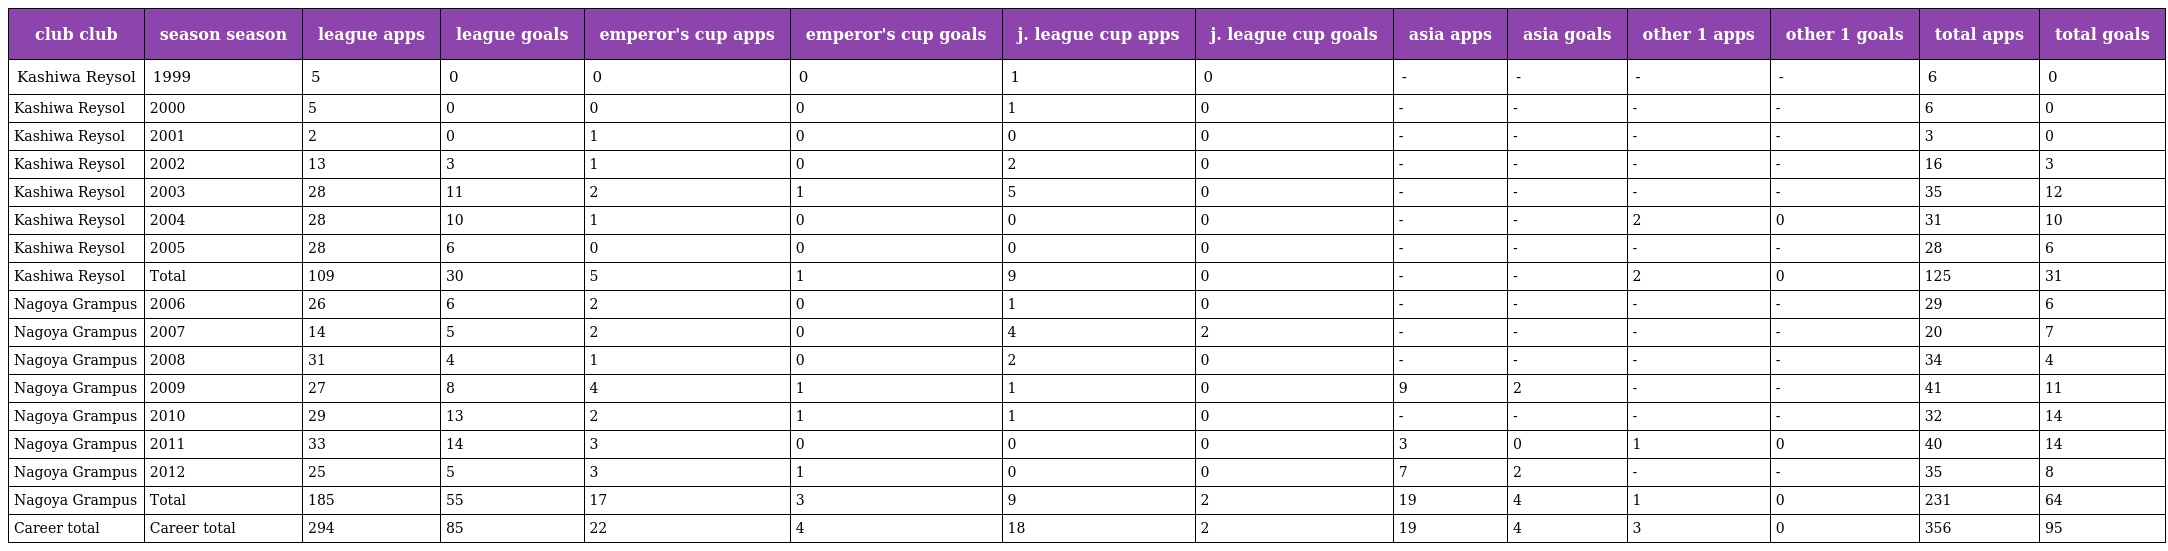
| club club | season season | league apps | league goals | emperor's cup apps | emperor's cup goals | j. league cup apps | j. league cup goals | asia apps | asia goals | other 1 apps | other 1 goals | total apps | total goals |
 | --- | --- | --- | --- | --- | --- | --- | --- | --- | --- | --- | --- | --- | --- |
 | Kashiwa Reysol | 1999 | 5 | 0 | 0 | 0 | 1 | 0 | - | - | - | - | 6 | 0 |
 | Kashiwa Reysol | 2000 | 5 | 0 | 0 | 0 | 1 | 0 | - | - | - | - | 6 | 0 |
 | Kashiwa Reysol | 2001 | 2 | 0 | 1 | 0 | 0 | 0 | - | - | - | - | 3 | 0 |
 | Kashiwa Reysol | 2002 | 13 | 3 | 1 | 0 | 2 | 0 | - | - | - | - | 16 | 3 |
 | Kashiwa Reysol | 2003 | 28 | 11 | 2 | 1 | 5 | 0 | - | - | - | - | 35 | 12 |
 | Kashiwa Reysol | 2004 | 28 | 10 | 1 | 0 | 0 | 0 | - | - | 2 | 0 | 31 | 10 |
 | Kashiwa Reysol | 2005 | 28 | 6 | 0 | 0 | 0 | 0 | - | - | - | - | 28 | 6 |
 | Kashiwa Reysol | Total | 109 | 30 | 5 | 1 | 9 | 0 | - | - | 2 | 0 | 125 | 31 |
 | Nagoya Grampus | 2006 | 26 | 6 | 2 | 0 | 1 | 0 | - | - | - | - | 29 | 6 |
 | Nagoya Grampus | 2007 | 14 | 5 | 2 | 0 | 4 | 2 | - | - | - | - | 20 | 7 |
 | Nagoya Grampus | 2008 | 31 | 4 | 1 | 0 | 2 | 0 | - | - | - | - | 34 | 4 |
 | Nagoya Grampus | 2009 | 27 | 8 | 4 | 1 | 1 | 0 | 9 | 2 | - | - | 41 | 11 |
 | Nagoya Grampus | 2010 | 29 | 13 | 2 | 1 | 1 | 0 | - | - | - | - | 32 | 14 |
 | Nagoya Grampus | 2011 | 33 | 14 | 3 | 0 | 0 | 0 | 3 | 0 | 1 | 0 | 40 | 14 |
 | Nagoya Grampus | 2012 | 25 | 5 | 3 | 1 | 0 | 0 | 7 | 2 | - | - | 35 | 8 |
 | Nagoya Grampus | Total | 185 | 55 | 17 | 3 | 9 | 2 | 19 | 4 | 1 | 0 | 231 | 64 |
 | Career total | Career total | 294 | 85 | 22 | 4 | 18 | 2 | 19 | 4 | 3 | 0 | 356 | 95 |